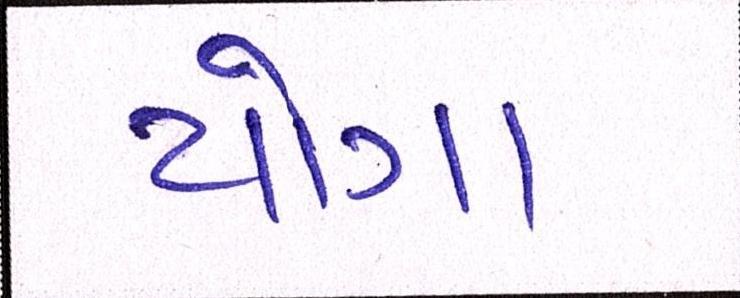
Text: યોગા